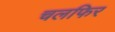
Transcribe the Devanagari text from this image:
चलफिर